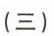
(三)